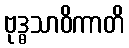
ဗုဒ္ဓသာဝိကာတိ